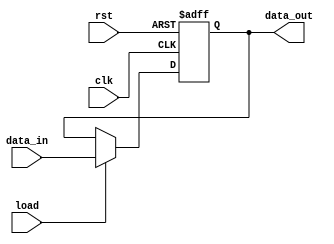
module D_ff(output reg data_out, input data_in, load, clk, rst);
    always @(posedge clk or negedge rst)
    if (!rst)
        data_out <= 0;
    else if (load)
        data_out <= data_in;
endmodule

module D_ff_tb;
    reg clk, rst, data_in, load;
    wire data_out;
    D_ff Test_D_ff(data_out, data_in, load, clk, rst);
    initial clk=1'b0;
    always #5 clk=~clk;
    initial begin
        rst=1;load=0;data_in=1;
        #2 rst=0;
        #2 rst=1;
        #8 load=1;
        #10 load=0;
        #5 rst=0;
        #5 rst=1;
        #5 data_in=0;
        #5 load=1;
        #10 load=0;
        #20 $stop;
    end
endmodule